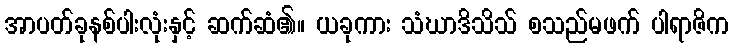
အာပတ်ခုနစ်ပါးလုံးနှင့် ဆက်ဆံ၏။ ယခုကား သံဃာဒိသိသ် စသည်မဖက် ပါရာဇိက